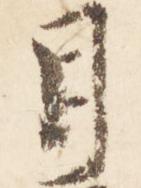
月